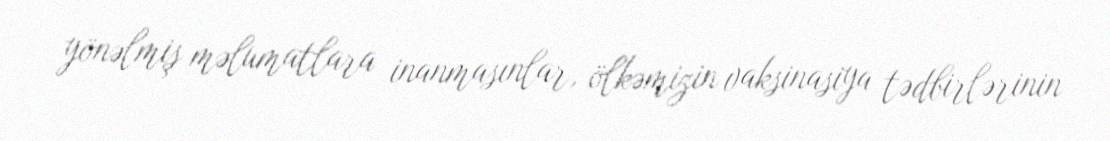
yönəlmiş məlumatlara inanmasınlar, ölkəmizin vaksinasiya tədbirlərinin